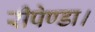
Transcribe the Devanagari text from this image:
रीपेण्डा।